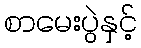
စာမေးပွဲနှင့်